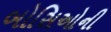
બોસિઓની